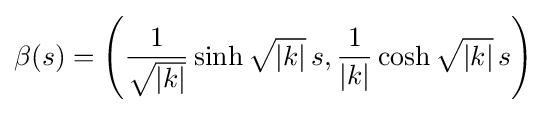
\beta (s)=\left({\frac {1}{\sqrt {|k|}}}\sinh {\sqrt {|k|}}\,s,{\frac {1}{|k|}}\cosh {\sqrt {|k|}}\,s\right)